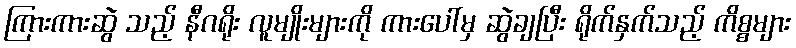
ကြားကားဆွဲ သည့် နီဂရိုး လူမျိုးများကို ကားပေါ်မှ ဆွဲချပြီး ရိုက်နှက်သည့် ကိစ္စများ